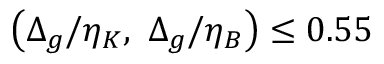
\left( \Delta _ { g } / \eta _ { K } , \ \Delta _ { g } / \eta _ { B } \right) \leq 0 . 5 5